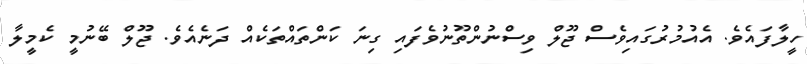
ހީލާފައެވެ. އެއުމުރުގައިވެސް ޖޫލް ވިސްނުންތޫނުވެފައި ގިނަ ކަންތައްތަކެއް ދަނެއެވެ. ޖޫލް ބޭނުމީ ކެމީލާ